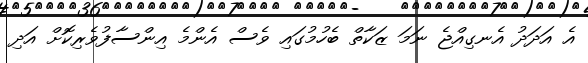
އެ އަދަދު އެނގިއްޖެ ނަމަ ޒަކާތް ބެހުމުގައި ވެސް އެންމެ އިންސާފުވެރިކޮށް އަދި